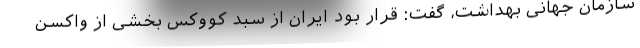
سازمان جهانی بهداشت، گفت: قرار بود ایران از سبد کووکس بخشی از واکسن